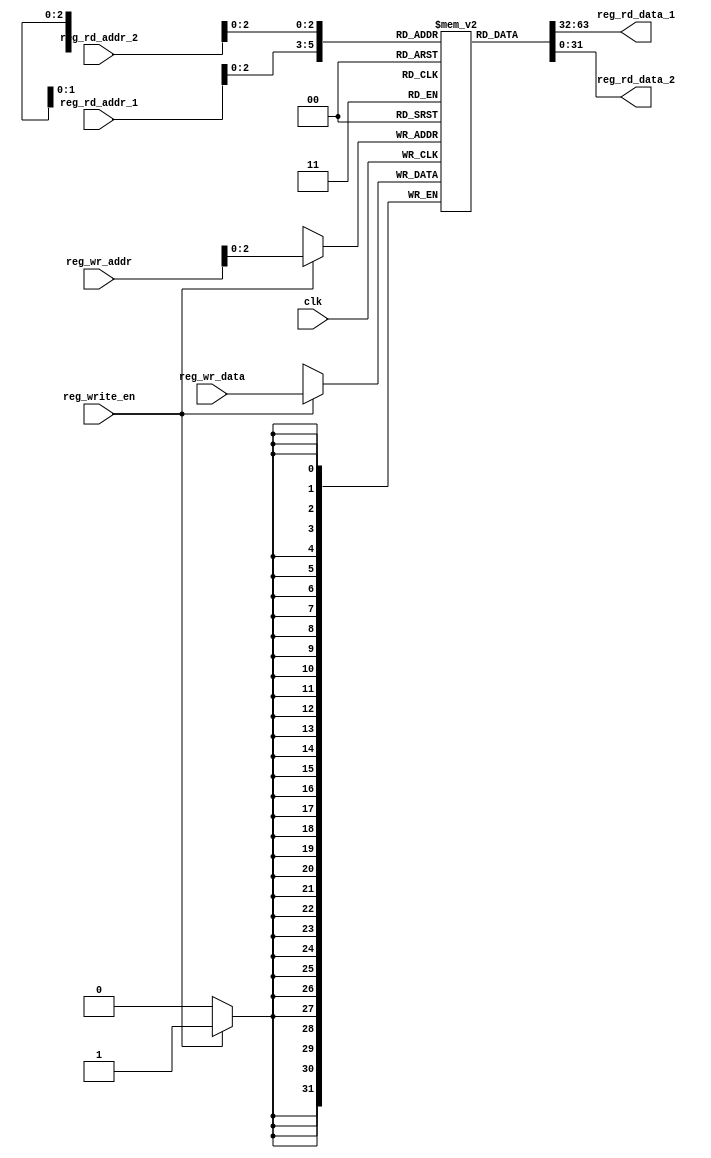
module GPRs(
 input    clk,
 // write port
 input    reg_write_en,
  input  [4:0] reg_wr_addr,
  input  [31:0] reg_wr_data,
 //read port 1
  input  [4:0]  reg_rd_addr_1,
  output  [31:0]  reg_rd_data_1,
 //read port 2
  input  [4:0] reg_rd_addr_2,
  output  [31:0]  reg_rd_data_2
);
  reg [31:0] reg_array [7:0];
 integer i;
 // write port
 //reg [2:0] i;
 initial begin
  for(i=0;i<8;i=i+1)
    reg_array[i] <= 32'd0;
 end
 always @ (posedge clk ) begin
   if(reg_write_en) begin
    reg_array[reg_wr_addr] <= reg_wr_data;
   end
 end
 

 assign reg_rd_data_1 = reg_array[reg_rd_addr_1];
 assign reg_rd_data_2 = reg_array[reg_rd_addr_2];


endmodule